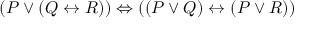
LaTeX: ( P \lor ( Q \leftrightarrow R ) ) \Leftrightarrow ( ( P \lor Q ) \leftrightarrow ( P \lor R ) )